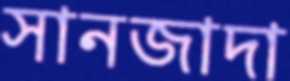
সানজাদা